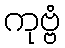
ကုဗ္ဗံ